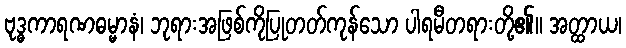
ဗုဒ္ဓကာရဏဓမ္မာနံ၊ ဘုရားအဖြစ်ကိုပြုတတ်ကုန်သော ပါရမီတရားတို့၏။ အတ္ထာယ၊